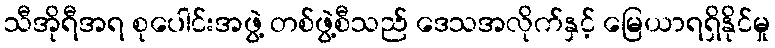
သီအိုရီအရ စုပေါင်းအဖွဲ့ တစ်ဖွဲ့စီသည် ဒေသအလိုက်နှင့် မြေယာရရှိနိုင်မှု